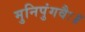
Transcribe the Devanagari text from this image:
मुनिपुंगवैः॥